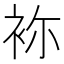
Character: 袮